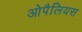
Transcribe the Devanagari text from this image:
ओपैलियस